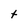
Character: t